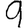
Digit: 9